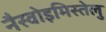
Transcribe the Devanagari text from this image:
नैस्वोइमिस्तेलु